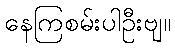
နေကြစမ်းပါဦးဗျ။